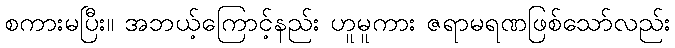
စကားမပြီး။ အဘယ့်ကြောင့်နည်း ဟူမူကား ဇရာမရဏဖြစ်သော်လည်း